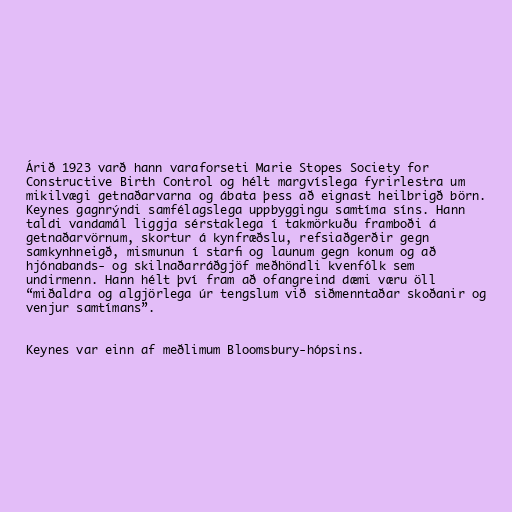
Árið 1923 varð hann varaforseti Marie Stopes Society for
Constructive Birth Control og hélt margvíslega fyrirlestra um
mikilvægi getnaðarvarna og ábata þess að eignast heilbrigð börn.
Keynes gagnrýndi samfélagslega uppbyggingu samtíma síns. Hann
taldi vandamál liggja sérstaklega í takmörkuðu framboði á
getnaðarvörnum, skortur á kynfræðslu, refsiaðgerðir gegn
samkynhneigð, mismunun í starfi og launum gegn konum og að
hjónabands- og skilnaðarráðgjöf meðhöndli kvenfólk sem
undirmenn. Hann hélt því fram að ofangreind dæmi væru öll
“miðaldra og algjörlega úr tengslum við siðmenntaðar skoðanir og
venjur samtímans”.

Keynes var einn af meðlimum Bloomsbury-hópsins.